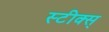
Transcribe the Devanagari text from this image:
स्टीक्स्